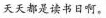
天天都是读书日啊。